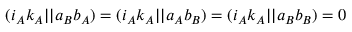
( i _ { A } k _ { A } | | a _ { B } b _ { A } ) = ( i _ { A } k _ { A } | | a _ { A } b _ { B } ) = ( i _ { A } k _ { A } | | a _ { B } b _ { B } ) = 0